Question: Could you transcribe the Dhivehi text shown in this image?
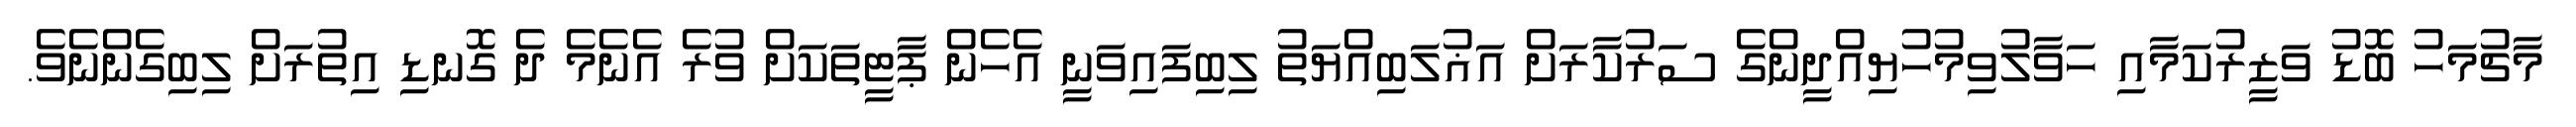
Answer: މާޗުމަހު ބޮޑު ވަޒީރުކަމާއި ހަވާލުވިމުހުޔިއްދީންގެ ސަރުކާރަށް އަޣުލަބިއްޔަތު ލިބިފައިވަނީ އެހެން ޕާޓީތަކަށް ވުރެ އެނެމެ ދެ ގޮނޑި އިތުރަށް ލިބިގެންނެވެ.